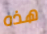
هذه